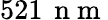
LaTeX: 521\, \mathrm{~n~m~}